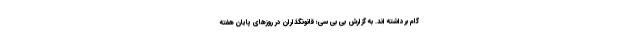
گام برداشته اند. به گزارش بی بی سی؛ قانونگذاران در روزهای پایان هفته